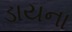
ડાયના